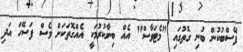
ފޭސްބުކުން ބުނި ގޮތުގައި "މެޓަވާސް" އެއް ބިނާކުރުމަކީ އެއްގޮތަކަށް ވެސް ފަސޭހަ އަދި